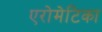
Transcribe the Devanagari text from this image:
एरोमेटिका